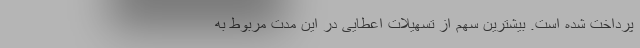
پرداخت شده است. بیشترین سهم از تسهیلات اعطایی در این مدت مربوط به